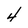
Character: 4